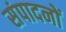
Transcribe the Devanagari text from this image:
संपादनों